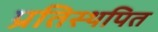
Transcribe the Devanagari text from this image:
प्रतिस्थपित